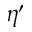
\eta ^ { \prime }